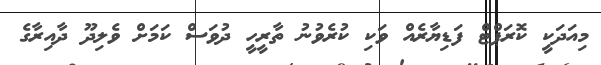
މިއަދަކީ ކޮރަޕްޓް ފަޑިޔާރެއް ވަކި ކުރެވުނު ތާރީހީ ދުވަސް ކަމަށް ވެލިދޫ ދާއިރާގެ